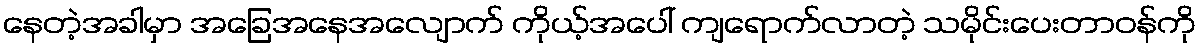
နေတဲ့အခါမှာ အခြေအနေအလျောက် ကိုယ့်အပေါ် ကျရောက်လာတဲ့ သမိုင်းပေးတာဝန်ကို